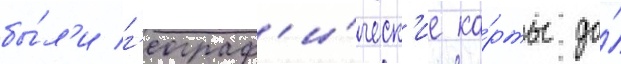
бы́л'и г'еограф'и́ческ'ие ка́рты до́